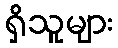
ရှိသူများ